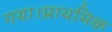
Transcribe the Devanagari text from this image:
गया।प्राथमिक